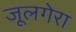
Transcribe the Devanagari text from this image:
जूलगेरा